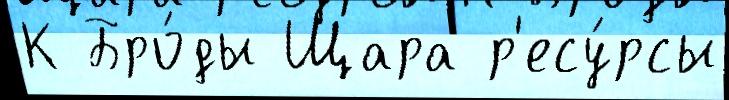
К Бро́ды Щара р'есу́рсы